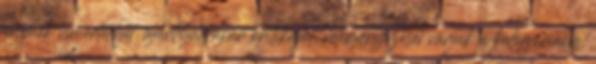
animék ismertetőjét, ajánlóját, akár kritikáját, véleményezését várjuk a kategóriába.